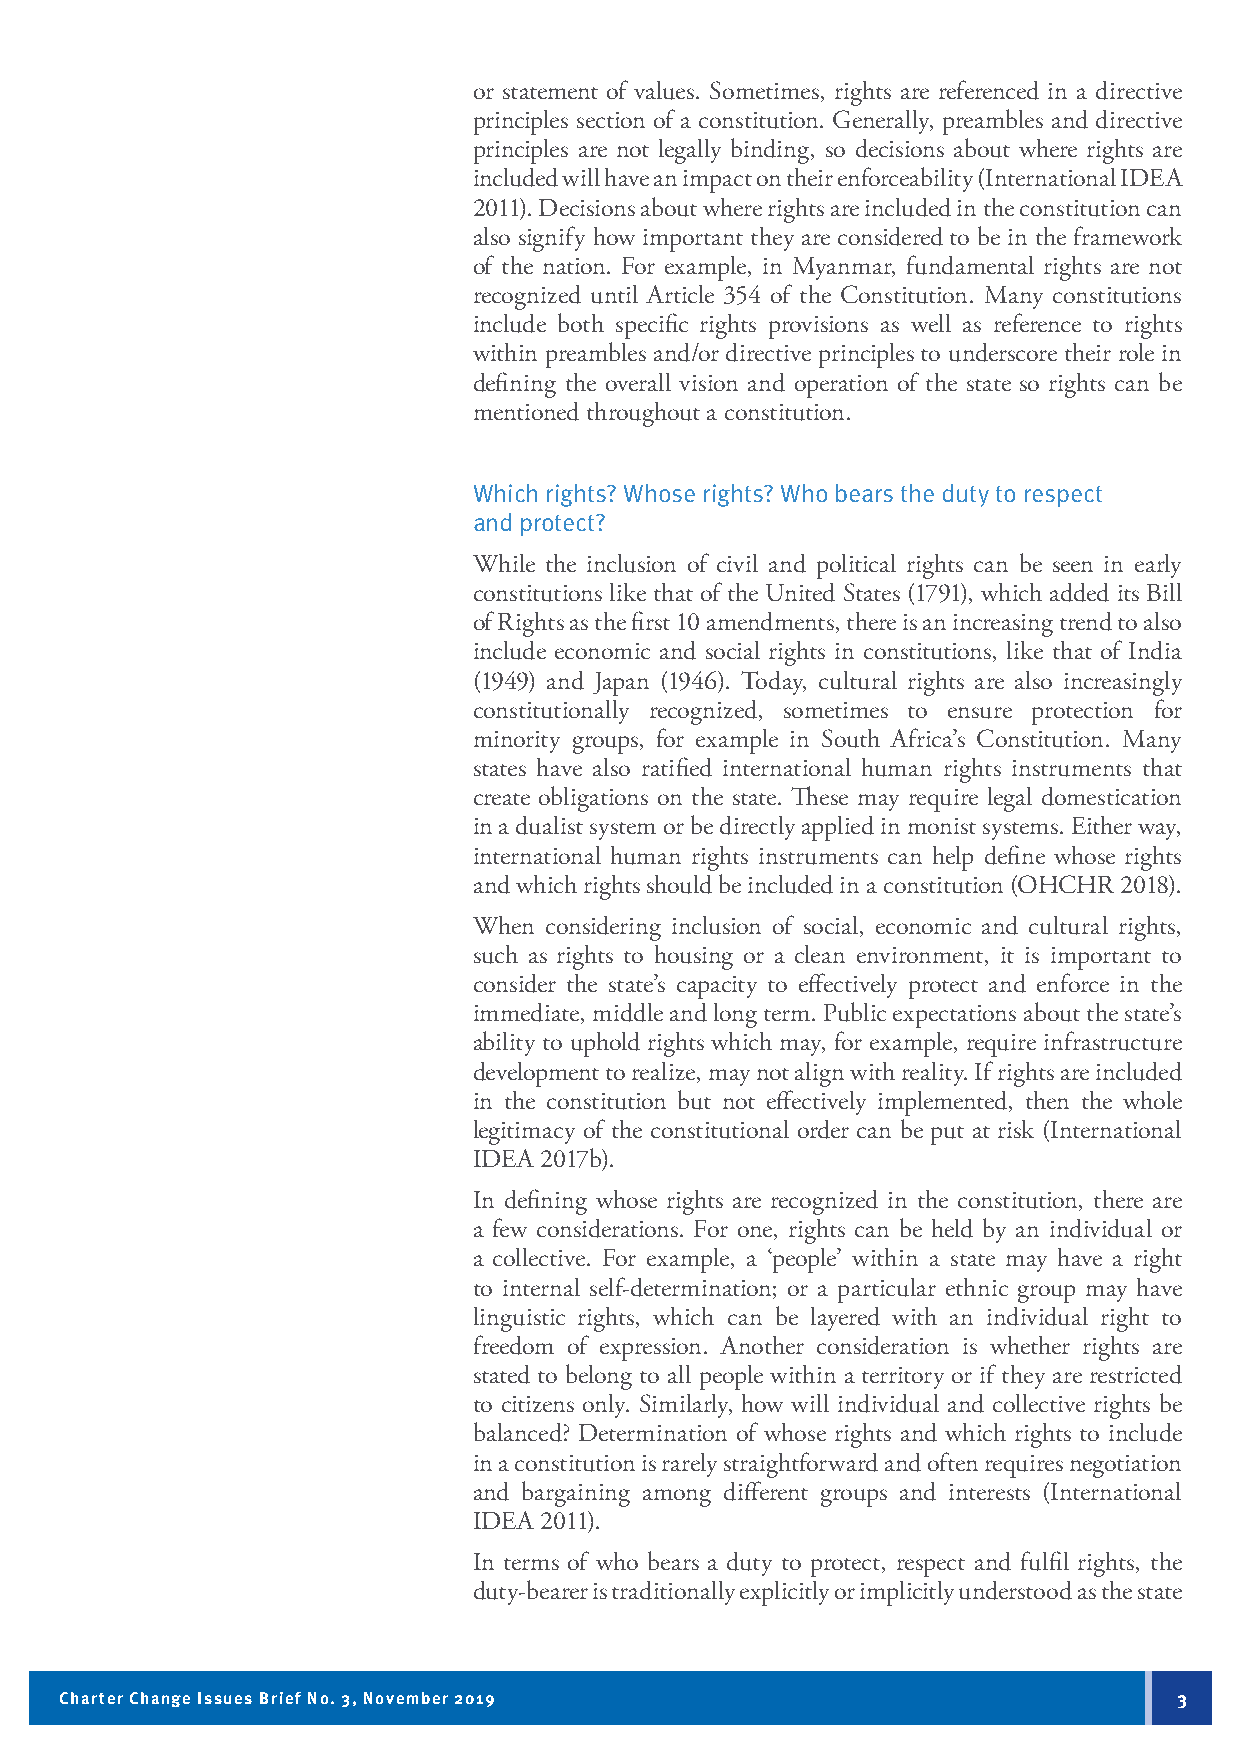
or statement of values. Sometimes, rights are referenced in a directive
 principles section of a constitution. Generally, preambles and directive
 principles are not legally binding, so decisions about where rights are
 included will have an impact on their enforceability (International IDEA
 2011). Decisions about where rights are included in the constitution can
 also signify how important they are considered to be in the framework
 of the nation. For example, in Myanmar, fundamental rights are not
 recognized until Article 354 of the Constitution. Many constitutions
 include both specific rights provisions as well as reference to rights
 within preambles and/or directive principles to underscore their role in
 defining the overall vision and operation of the state so rights can be
 mentioned throughout a constitution.
 Which rights? Whose rights? Who bears the duty to respect
 and protect?
 While the inclusion of civil and political rights can be seen in early
 constitutions like that of the United States (1791), which added its Bill
 of Rights as the first 10 amendments, there is an increasing trend to also
 include economic and social rights in constitutions, like that of India
 (1949) and Japan (1946). Today, cultural rights are also increasingly
 constitutionally recognized, sometimes to ensure protection for
 minority groups, for example in South Africa’s Constitution. Many
 states have also ratified international human rights instruments that
 create obligations on the state. These may require legal domestication
 in a dualist system or be directly applied in monist systems. Either way,
 international human rights instruments can help define whose rights
 and which rights should be included in a constitution (OHCHR 2018).
 When considering inclusion of social, economic and cultural rights,
 such as rights to housing or a clean environment, it is important to
 consider the state’s capacity to effectively protect and enforce in the
 immediate, middle and long term. Public expectations about the state’s
 ability to uphold rights which may, for example, require infrastructure
 development to realize, may not align with reality. If rights are included
 in the constitution but not effectively implemented, then the whole
 legitimacy of the constitutional order can be put at risk (International
 IDEA 2017b).
 In defining whose rights are recognized in the constitution, there are
 a few considerations. For one, rights can be held by an individual or
 a collective. For example, a ‘people’ within a state may have a right
 to internal self-determination; or a particular ethnic group may have
 linguistic rights, which can be layered with an individual right to
 freedom of expression. Another consideration is whether rights are
 stated to belong to all people within a territory or if they are restricted
 to citizens only. Similarly, how will individual and collective rights be
 balanced? Determination of whose rights and which rights to include
 in a constitution is rarely straightforward and often requires negotiation
 and bargaining among different groups and interests (International
 IDEA 2011).
 In terms of who bears a duty to protect, respect and fulfil rights, the
 duty-bearer is traditionally explicitly or implicitly understood as the state
 Charter Change Issues Brief No. 3, November 2019                          3